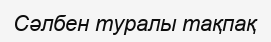
Сәлбен туралы тақпақ